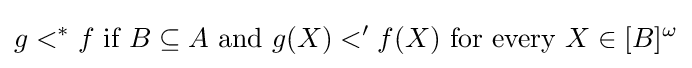
g<^{*}f{\text{ if }}B\subseteq A{\text{ and }}g(X)<'f(X){\text{ for every }}X\in [B]^{\omega }